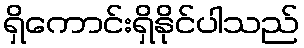
ရှိကောင်းရှိနိုင်ပါသည်